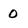
Character: 0